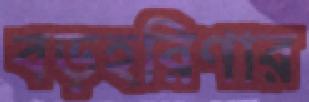
বড়হরিণার